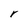
Character: r